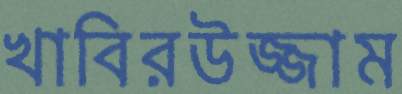
খাবিরউজ্জাম